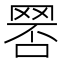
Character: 𦋑